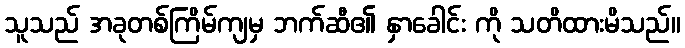
သူသည် အခုတစ်ကြိမ်ကျမှ ဘက်ဆီ၏ နှာခေါင်း ကို သတိထားမိသည်။